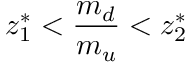
z _ { 1 } ^ { \ast } < { \frac { m _ { d } } { m _ { u } } } < z _ { 2 } ^ { \ast }